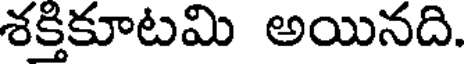
శక్తికూటమి అయినది.